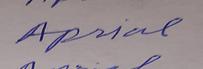
Signature authenticity: forged